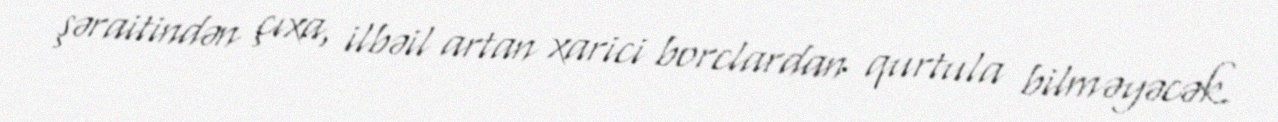
şəraitindən çıxa, ilbəil artan xarici borclardan qurtula bilməyəcək.